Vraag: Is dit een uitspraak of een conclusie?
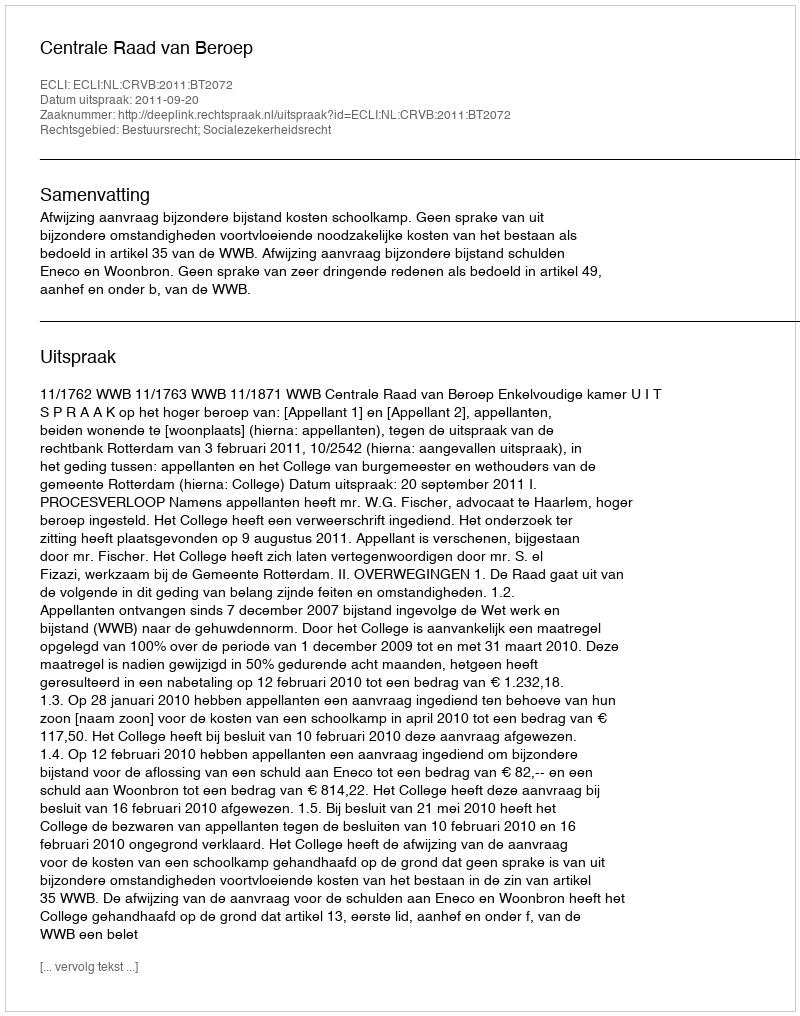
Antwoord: Uitspraak